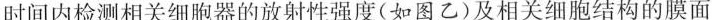
时间内检测相关细胞器的放射性强度(如图乙)及相关细胞结构的膜面